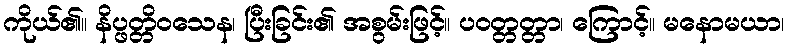
ကိုယ်၏။ နိပ္ဖတ္တိဝသေန၊ ပြီးခြင်း၏ အစွမ်းဖြင့်။ ပဝတ္တတ္တာ၊ ကြောင့်။ မနောမယာ၊